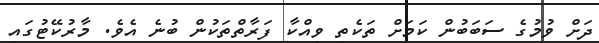
ދަށް ވުމުގެ ސަބަބުން ކަމަށް ތަކެތި ވިއްކާ ފަރާތްތަކުން ބުނެ އެވެ. މާރުކޭޓުގައި